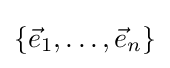
\{{\vec {e}}_{1},\ldots ,{\vec {e}}_{n}\}